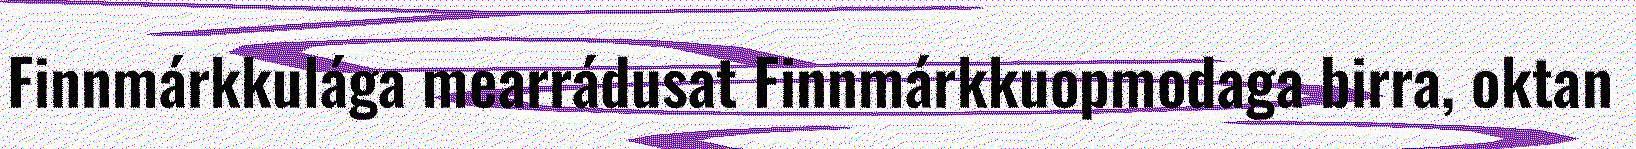
Finnmárkkulága mearrádusat Finnmárkkuopmodaga birra, oktan